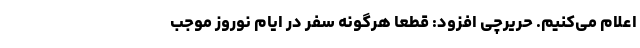
اعلام می‌کنیم. حریرچی افزود: قطعاً هرگونه سفر در ایام نوروز موجب